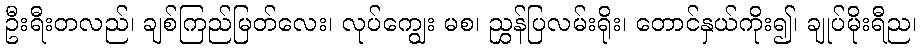
ဦးရီးတလည်၊ ချစ်ကြည်မြတ်လေး၊ လုပ်ကျွေး မစ၊ ညွှန်ပြလမ်းရိုး၊ တောင်နှယ်ကိုး၍၊ ချုပ်မိုးရီည၊